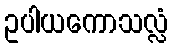
ဥပါယကောသလ္လံ